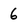
Character: 6